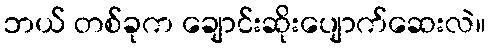
ဘယ် တစ်ခုက ချောင်းဆိုးပျောက်ဆေးလဲ။